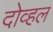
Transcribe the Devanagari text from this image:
दोव्हल